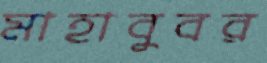
মাহাবুবর